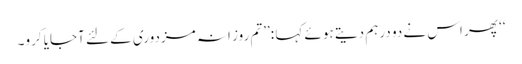
‘‘ پھر اس نے دو درہم دیتے ہوئے کہا :’’تم روز انہ مزدوری کے لئے آجایا کرو۔